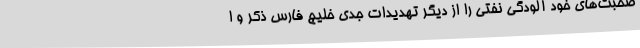
صحبت‌های خود آلودگی نفتی را از دیگر تهدیدات جدی خلیج فارس ذکر و ا